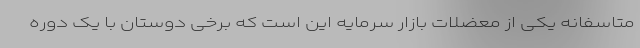
متاسفانه یکی از معضلات بازار سرمایه این است که برخی دوستان با یک دوره